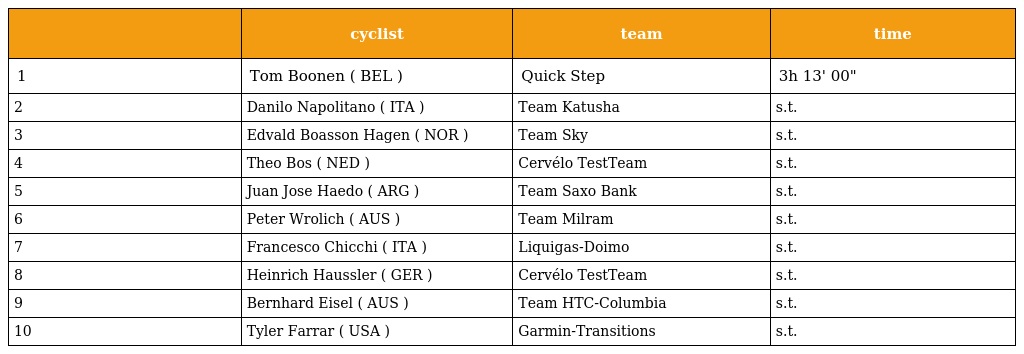
|  | cyclist | team | time |
 | --- | --- | --- | --- |
 | 1 | Tom Boonen ( BEL ) | Quick Step | 3h 13' 00" |
 | 2 | Danilo Napolitano ( ITA ) | Team Katusha | s.t. |
 | 3 | Edvald Boasson Hagen ( NOR ) | Team Sky | s.t. |
 | 4 | Theo Bos ( NED ) | Cervélo TestTeam | s.t. |
 | 5 | Juan Jose Haedo ( ARG ) | Team Saxo Bank | s.t. |
 | 6 | Peter Wrolich ( AUS ) | Team Milram | s.t. |
 | 7 | Francesco Chicchi ( ITA ) | Liquigas-Doimo | s.t. |
 | 8 | Heinrich Haussler ( GER ) | Cervélo TestTeam | s.t. |
 | 9 | Bernhard Eisel ( AUS ) | Team HTC-Columbia | s.t. |
 | 10 | Tyler Farrar ( USA ) | Garmin-Transitions | s.t. |